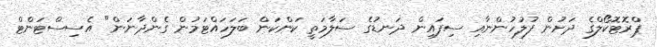
ޕްރޮޓޮކޯލްގެ ދަށުން ފުލުހުންނާއި ސިފައިން ދަނޑުގެ ސަލާމަތީ ކަންކަން ބަލަހައްޓަމުން ގެންދާނަން" އެސިސްޓަންޓް